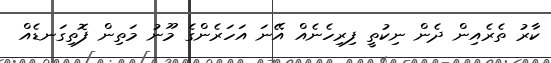
ކާރު ތެރެއިން ދެން ނިކުތީ ފިރިހެނެއް އޭނަ އަހަރެންގެ މޫނު މަތިން ފޮތިގަނޑެއް